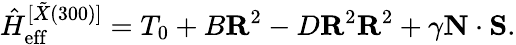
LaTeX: \hat{H}_{\mathrm{eff}}^{[\tilde{X}(300)]}=T_{0}+B\textbf{R}^{2}-D\textbf{R}^{2}\textbf{R}^{2}+\gamma\textbf{N}\cdot\textbf{S}.